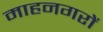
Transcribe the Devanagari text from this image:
माहनगरों